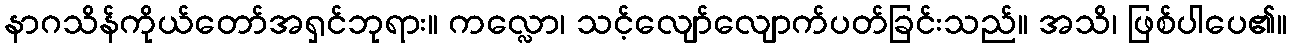
နာဂသိန်ကိုယ်တော်အရှင်ဘုရား။ ကလ္လော၊ သင့်လျော်လျောက်ပတ်ခြင်းသည်။ အသိ၊ ဖြစ်ပါပေ၏။